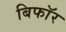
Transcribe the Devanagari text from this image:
बिफाॅर